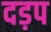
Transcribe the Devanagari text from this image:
दड़प